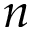
n